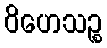
ဝိဟေသဉ္စ